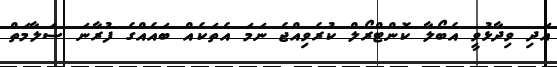
އަދި ވިދާޅުވީ އެބޯލާ ކޮންޓްރޯލް ކުރެވިއްޖެ ނަމަ އެތަކެއް ބައެއްގެ ފުރާނަ ސަލާމަތް